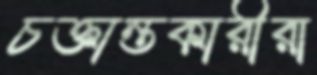
চক্তান্তকারীরা